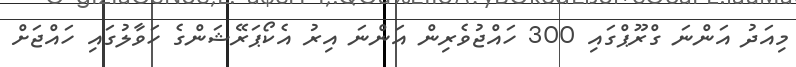
މިއަދު އަންނަ ގްރޫޕްގައި 300 ހައްޖުވެރިން އަންނަ އިރު އެކޯޕަރޭޝަންގެ ހަވާލުގައި ހައްޖަށް